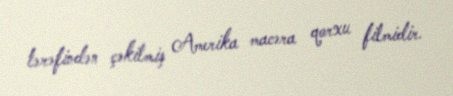
tərəfindən çəkilmiş Amerika macəra qorxu filmidir.